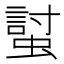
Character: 𧏛